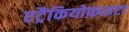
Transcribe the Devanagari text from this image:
एट्रैकियोफ़ाइटा